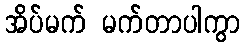
အိပ်မက် မက်တာပါကွာ